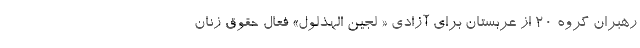
رهبران گروه ۲۰ از عربستان برای آزادی « لجین الهذلول» فعال حقوق زنان